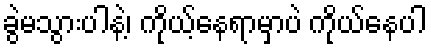
ခွဲမသွားပါနဲ့၊ ကိုယ့်နေရာမှာပဲ ကိုယ်နေပါ